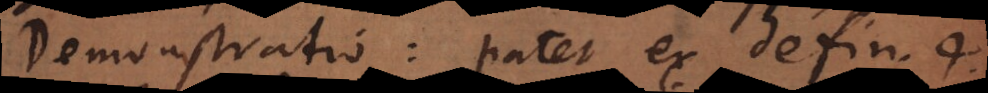
Demonstratio: patet ex defin. 4.